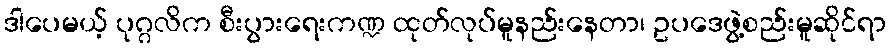
ဒါပေမယ့် ပုဂ္ဂလိက စီးပွားရေးကဏ္ဍ ထုတ်လုပ်မူနည်းနေတာ၊ ဥပဒေဖွဲ့စည်းမူဆိုင်ရာ